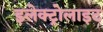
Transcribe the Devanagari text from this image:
इलेक्‍ट्रोलाइट